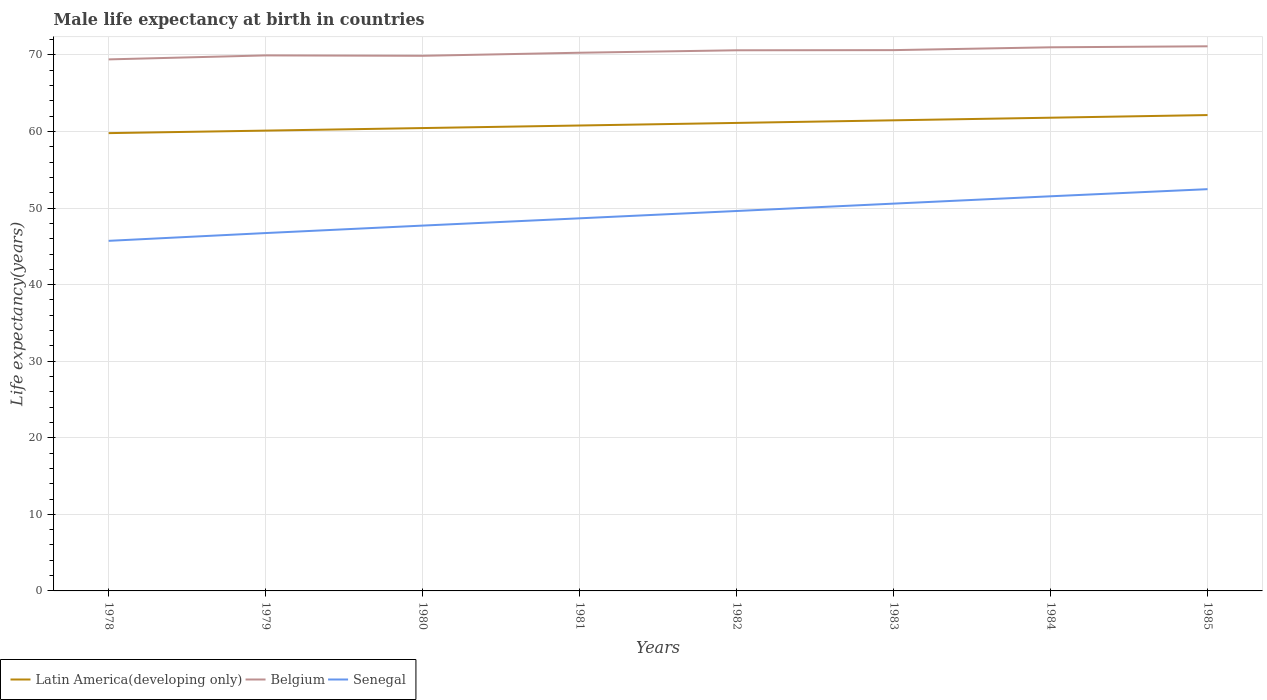
| Years | Latin America(developing only) | Belgium | Senegal |
 | --- | --- | --- | --- |
 | 1978 | 59.8 | 69.4 | 45.7 |
 | 1979 | 60.1 | 69.9 | 46.7 |
 | 1980 | 60.5 | 69.9 | 47.7 |
 | 1981 | 60.8 | 70.3 | 48.7 |
 | 1982 | 61.1 | 70.6 | 49.6 |
 | 1983 | 61.5 | 70.6 | 50.6 |
 | 1984 | 61.8 | 71 | 51.5 |
 | 1985 | 62.1 | 71.1 | 52.5 |